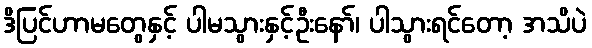
ဒိပြင်ဟာမတွေနှင့် ပါမသွားနှင့်ဦးနော်၊ ပါသွားရင်တော့ အသိပဲ